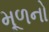
મૂળનો